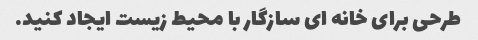
طرحی برای خانه ای سازگار با محیط زیست ایجاد کنید.